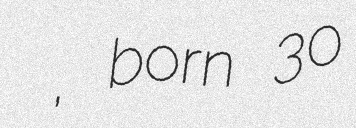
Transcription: نايف هزازي, born 30